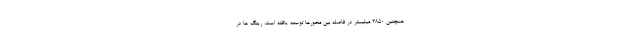
همچنین 2850 میلیمتر در فاصله بین محورها توسعه یافته است. رینگ ها در